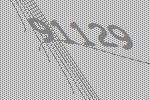
91129